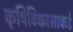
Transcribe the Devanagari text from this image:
कृषिविकासाकडे